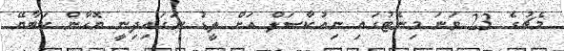
މެޗުގެ 23 ވަނަ މިނެޓުގައި ނިއުކާސަލް އަށް ލީޑު ނަގައިދިނީ ޔޮހާން ކަބާޔޭ